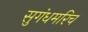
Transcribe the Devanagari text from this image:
सुगंधमरिच